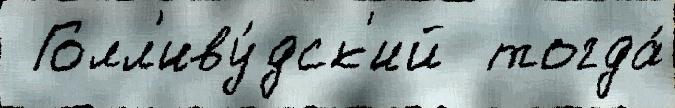
 Голл'иву́дск'ий  тогда́